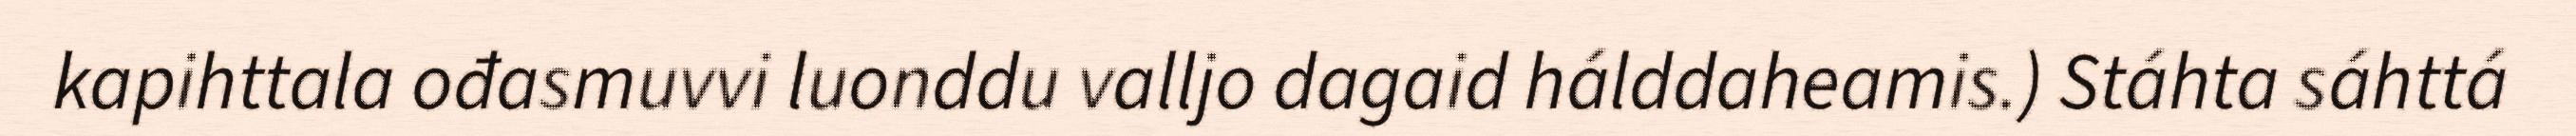
kapihttala ođasmuvvi luonddu valljo dagaid hálddaheamis.) Stáhta sáhttá